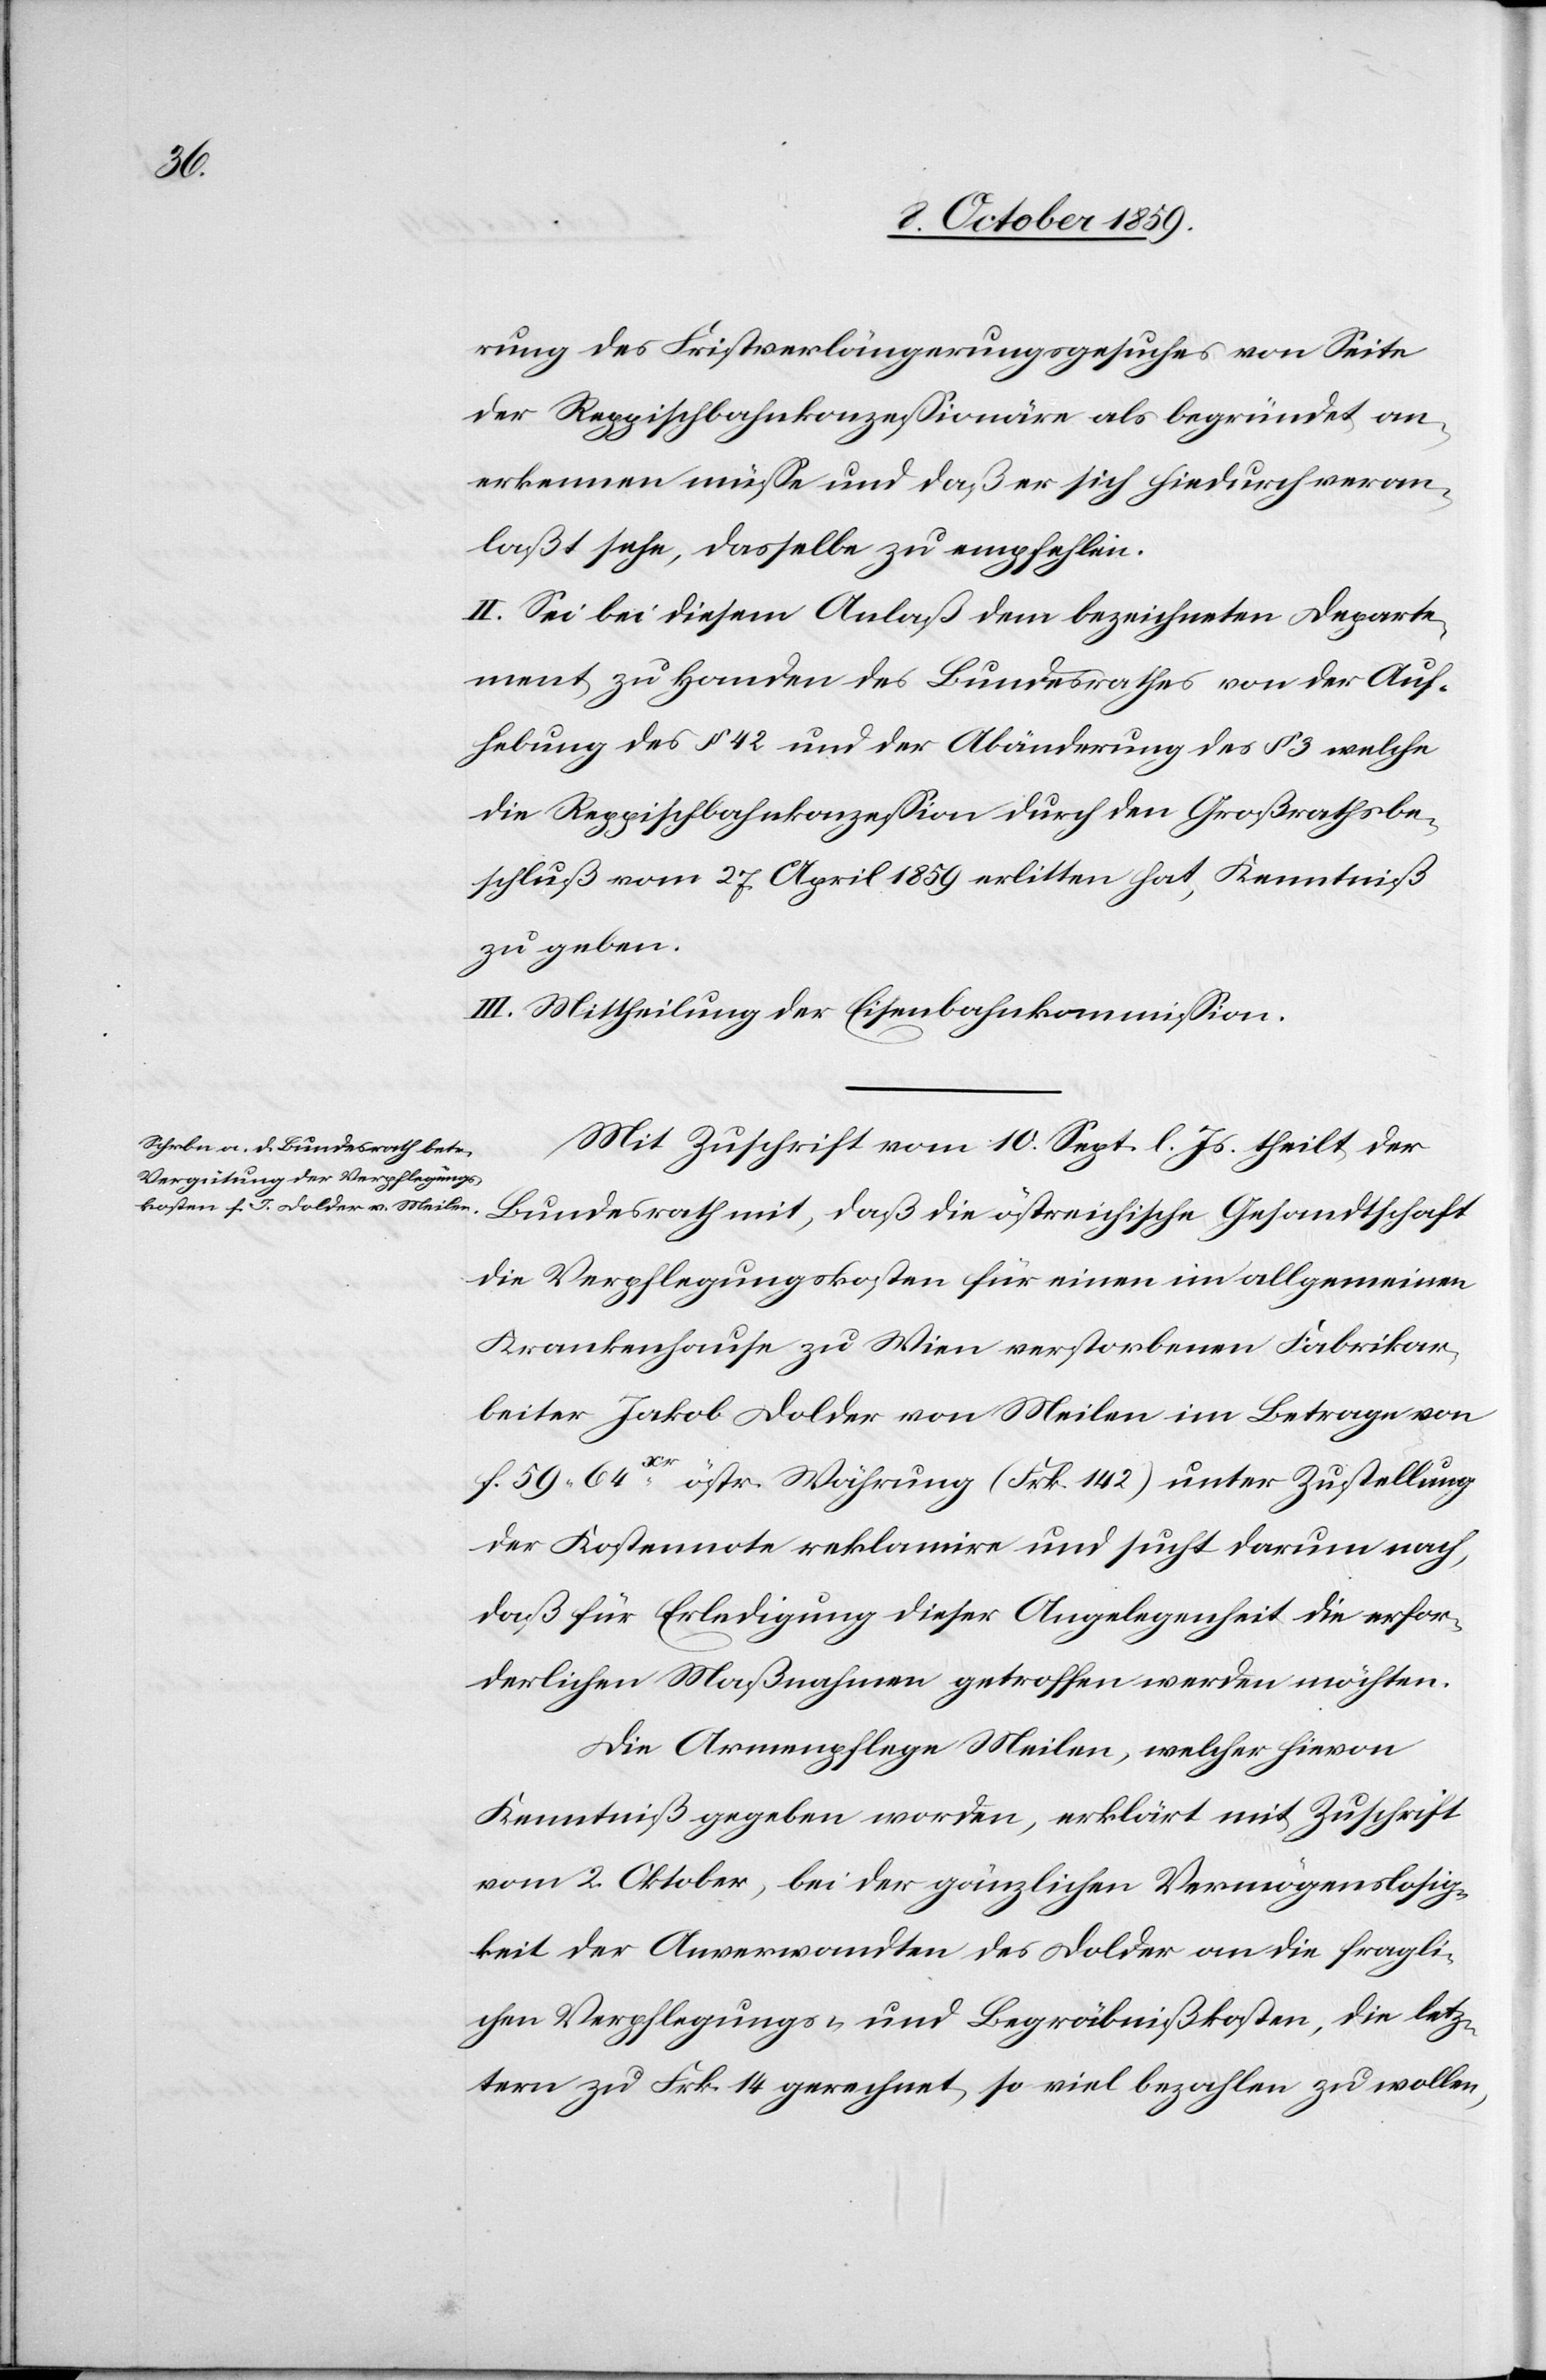
rung des Fristverlängerungsgesuches von Seite
der Reppischbahnkonzessionäre als begründet an¬
erkennen müsse und daß er sich hiedurch veran¬
laßt sehe, dasselbe zu empfehlen.
II. Sei bei diesem Anlaß dem bezeichneten Departe¬
ment zu Handen des Bundesrathes von der Auf¬
hebung des § 42 und der Abänderung des § 3 welche
die Reppischbahnkonzession durch den Großrathsbe¬
schluß vom 27. April 1859 erlitten hat, Kenntniß
zu geben.
III. Mittheilung der Eisenbahnkommission.
Mit Zuschrift vom 10. Sept. l. Js. theilt der
Bundesrath mit, daß die östreichische Gesandtschaft
die Verpflegungskosten für einen im allgemeinen
Krankenhause zu Wien verstorbenen Fabrikar¬
beiter Jakob Dolder von Meilen im Betrage von
f. 59 64 Kr östr. Währung (Frk. 142) unter Zustellung
der Kostennote reklamire und sucht darum nach,
daß für Erledigung dieser Angelegenheit die erfor¬
derlichen Maßnahmen getroffen werden möchten.
Die Armenpflege Meilen, welcher hievon
Kenntniß gegeben worden, erklärt mit Zuschrift
vom 2. Oktober, bei der gänzlichen Vermögenslosig¬
keit der Anverwandten des Dolder an die fragli¬
chen Verpflegungs- und Begräbnißkosten, die letz¬
tern zu Frk. 14 gerechnet, so viel bezahlen zu wollen,